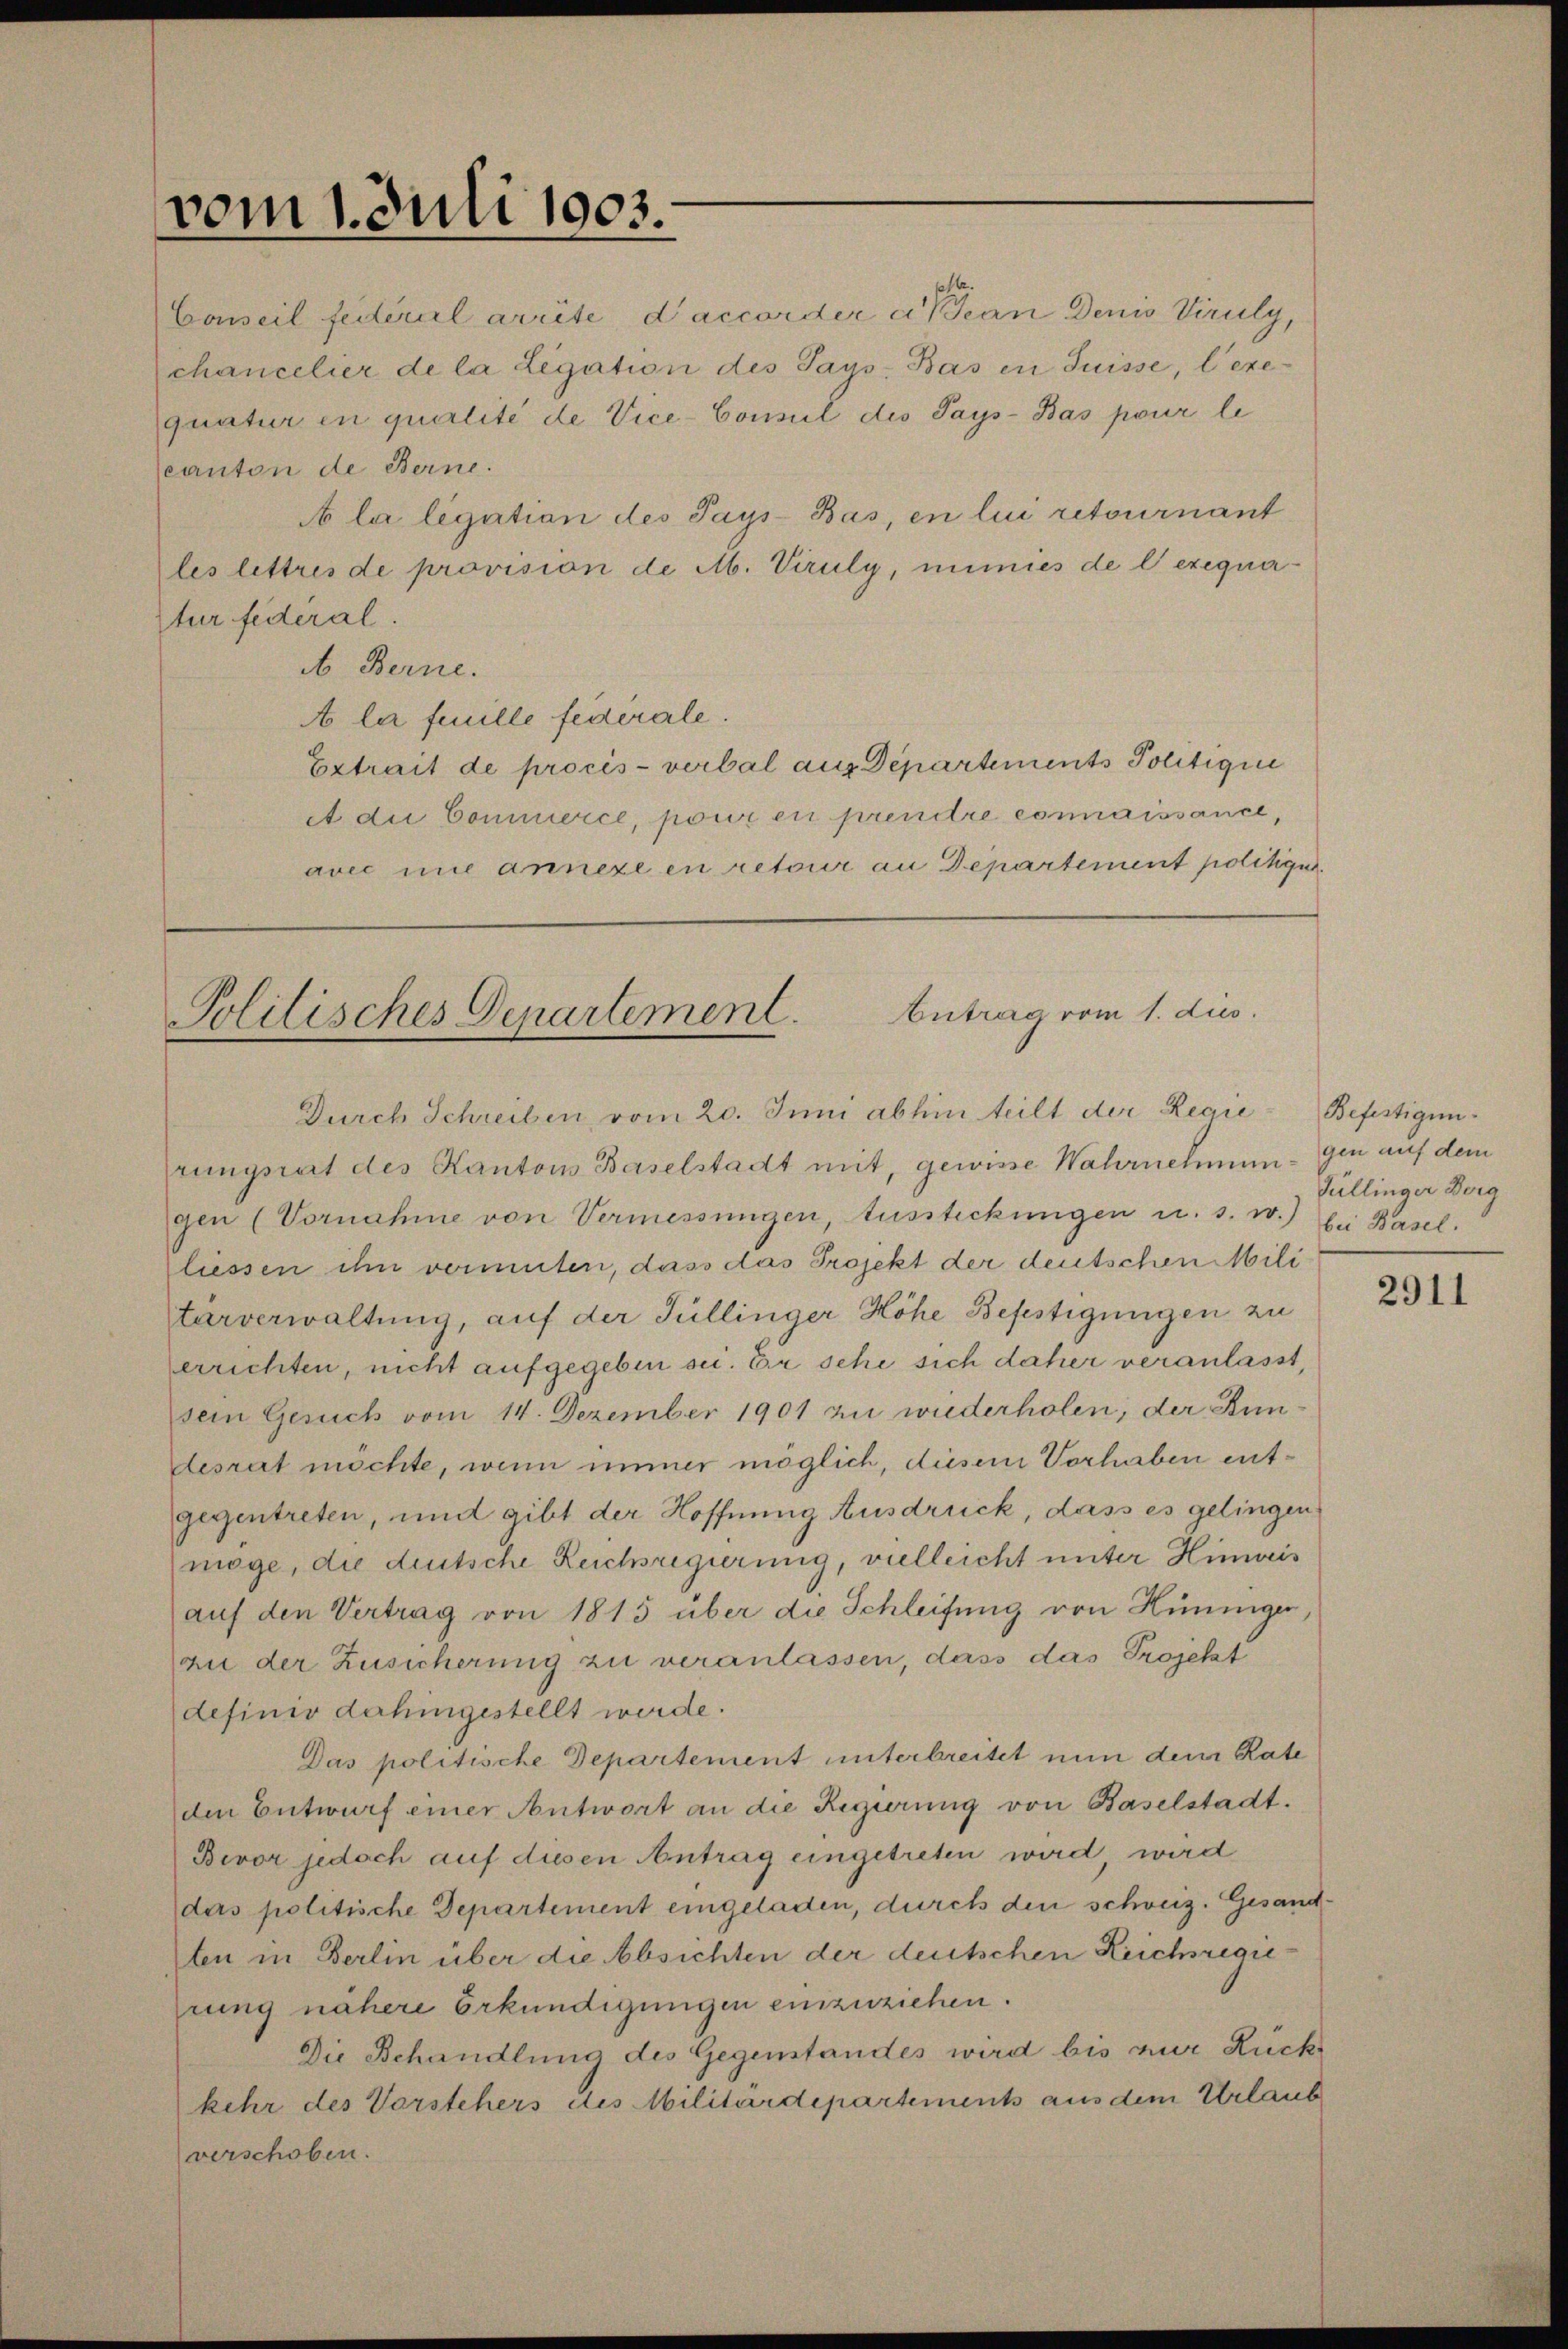
vom 1. Juli 1903.

Conseil feiteral arrite d’accorder an Jean Denis Viruly,
Schancelier de la Legation des Says Bas in Suisse, l’exequatur in qualité de Vice-Commil des Pays-Bas pour le
canton de Berne.
A la ligation des Pays-Bas, en lui retournant
les lettres de provision de A. Viruly, immies de l’exequartur federal.
b Berne.
A la feuille fédérale.
Extrait de procis-verbal aus Departements Politique
A die Commerce, pour en prendre connaissance,
avec nie annexe en retour an Departement politigu

Politisches Departement. Antrag vom 1. dies

Durch Schreiben vom 20. Juni abhin teilt der Regie
rungsrat des Kantons Baselstadt mit, gewisse Wahrnehmungen (Vornahme von Vermessungen, Aussteckŭngen u. s. w.) bei Basel
liessen ihn vomenten, dass das Projekt der deutschen Mili
tärverwaltung, auf der Füllinger Höhe Befestigungen zu
errichten, nicht aufgegeben sei. Er sehe sich daher veranlasst,
sein Gesuch vom 14. Dezember 1901 zu wiederholen, der Bundesrat möchte, wenn immer möglich, diesem Vorhaben entgegentreten, und gibt der Hoffnung Ausdruck, dass es gelingen
möge, die deutsche Reichsregierung, vielleicht unter Hinweis
auf den Vertrag von 1815 über die Schleifung von Hüninger,
an der Zusicherung zu veranlassen, dass das Projekt
definio dahingestellt werde.
Das politische Departement unterbreitet nun den Rate
den Entwurf einer Antwort an die Regierŭng von Baselstadt.
Bevor jedoch auf diesen Antrag eingetreten wird, wird
das politische Departement eingeladen, durch den schweiz. Gesandten in Berlin über die Absichten der deutschen Reichsregirung nähere Erkundigungen einzuziehen.
Die Behandlung des Gegenstandes wird bis zur Rückkehr des Vorstehers des Militärdepartements aus dem Urlaub
verschoben.

Befestigun
gen auf dem
Güllinger Borg

2911